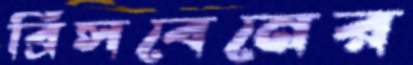
ব্রিসবেনের